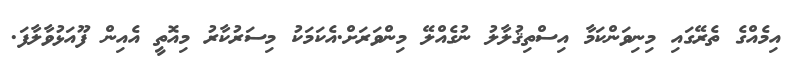
އިމެއްގެ ތެރޭގައި މިނިވަންކަމާ އިސްތިޤުލާލު ނުގެއްލޭ މިންވަރަށް.އެކަމަކު މިސަރުކާރު މިއޮތީ އެއިން ފޫއަޅުވާލާފަ.